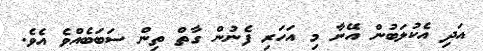
އަދި އެކުލަބުން އޭނާ މި އަހަރި ފެނުން ގާތް ތިން ސަބަބެއްވެ އެވެ.